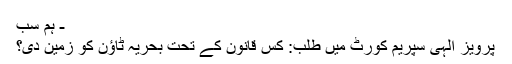
- ہم سب
پرویز الٰہی سپریم کورٹ میں طلب: کس قانون کے تحت بحریہ ٹاؤن کو زمین دی؟